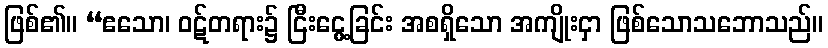
ဖြစ်၏။ “ဧသော၊ ဝဋ်တရား၌ ငြီးငွေ့ခြင်း အစရှိသော အကျိုးငှာ ဖြစ်သောသဘောသည်။